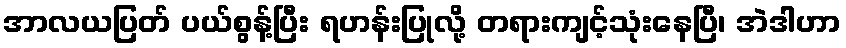
အာလယပြတ် ပယ်စွန့်ပြီး ရဟန်းပြုလို့ တရားကျင့်သုံးနေပြီ၊ အဲဒါဟာ